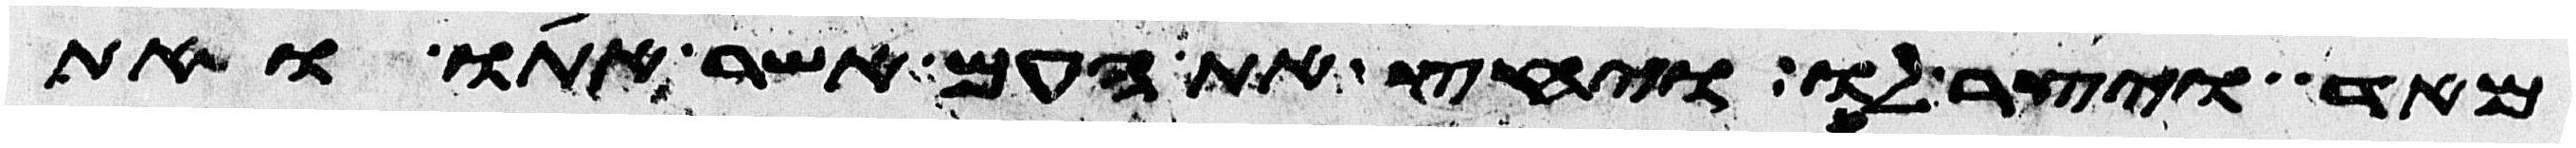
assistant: מאד ויצר לו ויחץ את העם אשר אתו ואת